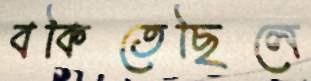
বকিতেছিলে